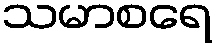
သမာစရေ